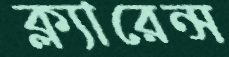
ক্ল্যারেন্স